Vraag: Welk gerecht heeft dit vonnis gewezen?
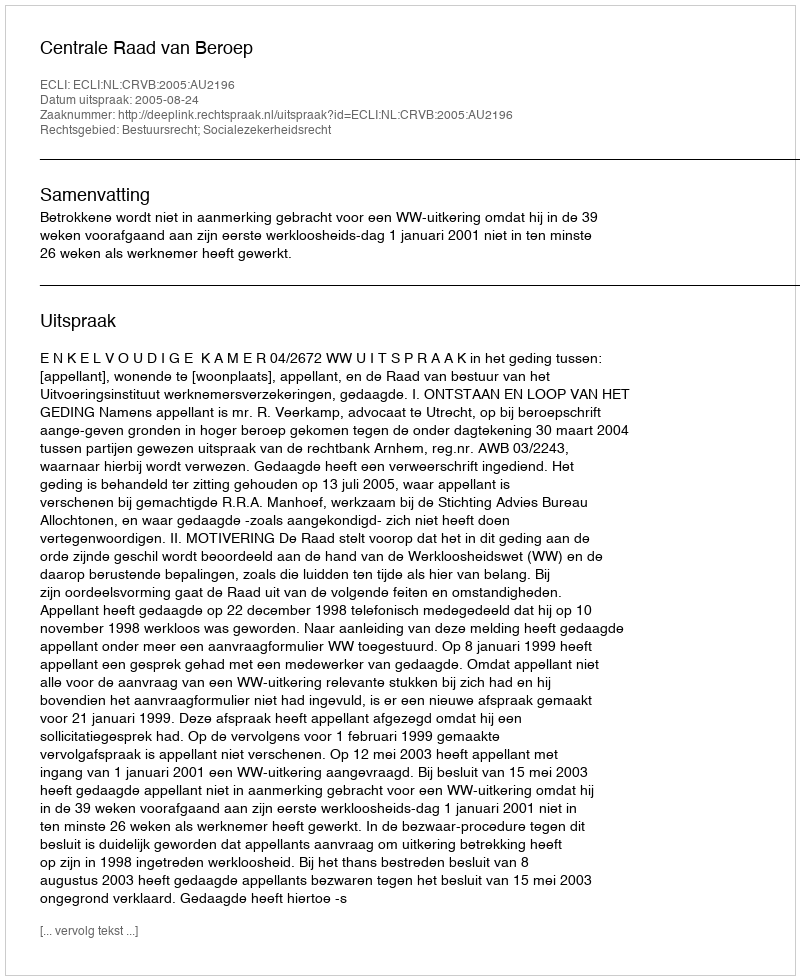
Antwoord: Centrale Raad van Beroep